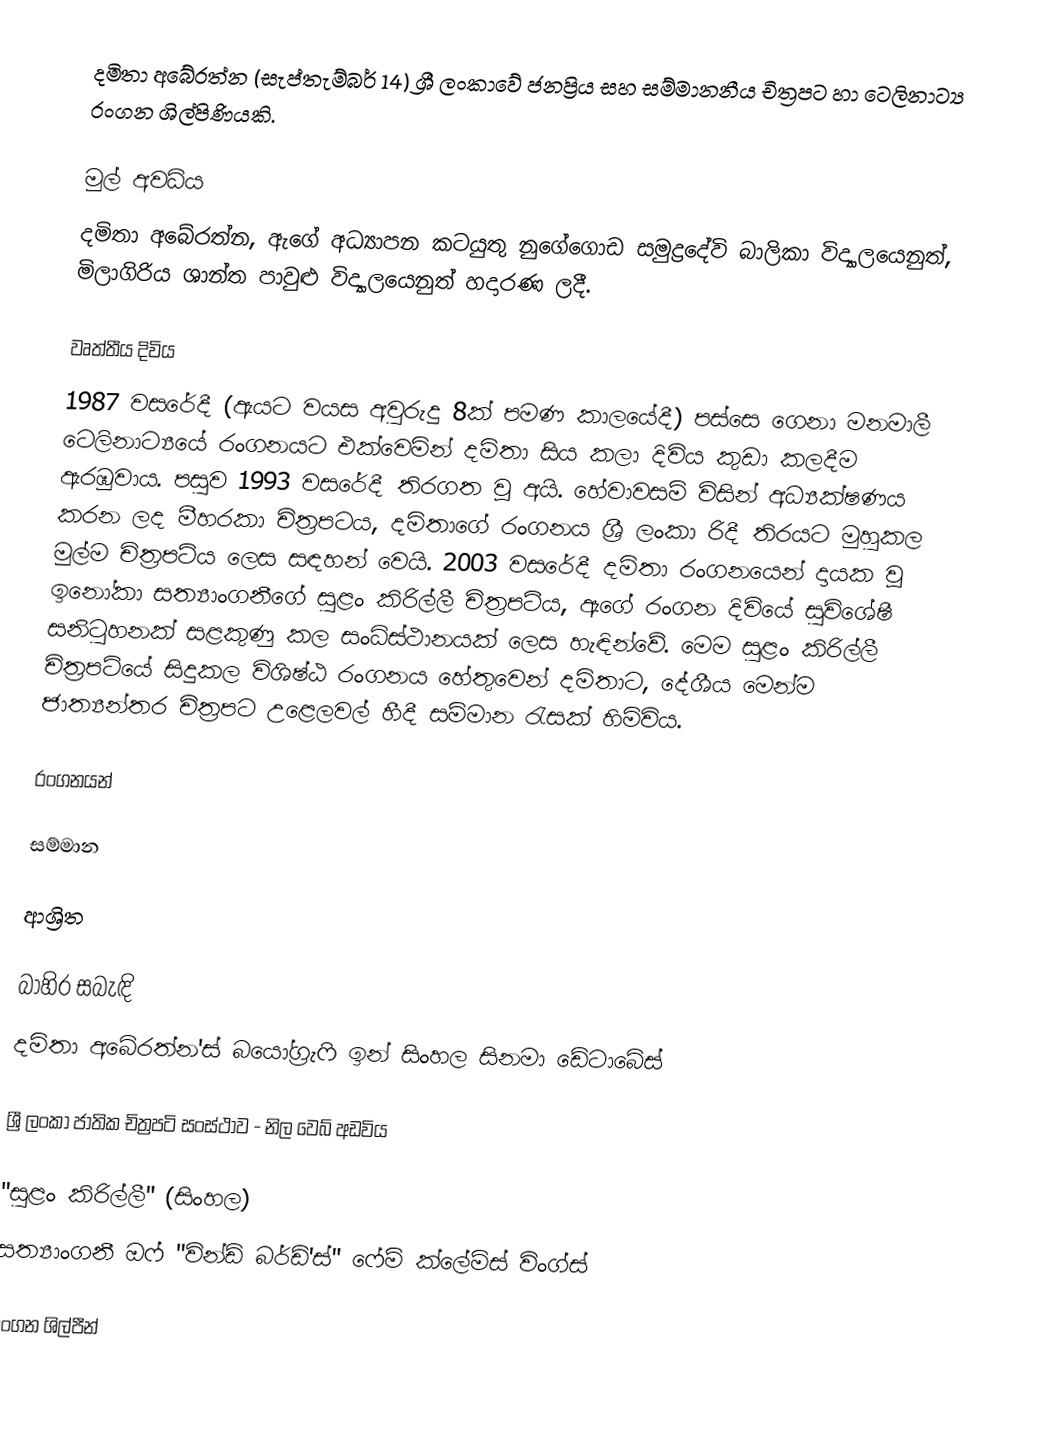
දමිතා අබේරත්න (සැප්තැම්බර් 14) ශ්‍රී ලංකාවේ ජනප්‍රිය සහ සම්මානනීය චිත්‍රපට හා ටෙලිනාට්‍ය රංගන ශිල්පිණියකි.

මුල් අවධිය
දමිතා අබේරත්න, ඇගේ අධ්‍යාපන කටයුතු නුගේගොඩ සමුද්‍රදේවි බාලිකා විද්‍යාලයෙනුත්, මිලාගිරිය ශාන්ත පාවුළු විද්‍යාලයෙනුත් හදාරණ ලදී.

වෘත්තීය දිවිය
1987 වසරේදී (ඇයට වයස අවුරුදු 8ක් පමණ කාලයේදී) පස්සෙ ගෙනා මනමාලී ටෙලිනාට්‍යයේ රංගනයට එක්වෙමින් දමිතා සිය කලා දිවිය කුඩා කලදීම ඇරඹුවාය. පසුව 1993 වසරේදී තිරගත වූ අයි. හේවාවසම් විසින් අධ්‍යක්ෂණය කරන ලද මීහරකා චිත්‍රපටය, දමිතාගේ රංගනය ශ්‍රී ලංකා රිදී තිරයට මුහුකල මුල්ම චිත්‍රපටිය ලෙස සඳහන් වෙයි. 2003 වසරේදී දමිතා රංගනයෙන් දායක වූ ඉනෝකා සත්‍යාංගනීගේ සුළං කිරිල්ලී චිත්‍රපටිය, ඇගේ රංගන දිවියේ සුවිශේෂී සනිටුහනක් සළකුණු කල සංධිස්ථානයක් ලෙස හැඳින්වේ. මෙම සුළං කිරිල්ලී චිත්‍රපටියේ සිදුකල විශිෂ්ඨ රංගනය හේතුවෙන් දමිතාට, දේශීය මෙන්ම ජාත්‍යන්තර චිත්‍රපට උළෙලවල් හීදී සම්මාන රැසක් හිමිවිය.

රංගනයන්

සම්මාන

ආශ්‍රිත

බාහිර සබැඳි
 දමිතා අබේරත්න'ස් බයෝග්‍රැෆි ඉන් සිංහල සිනමා ඩේටාබේස්

ශ්‍රී ලංකා ජාතික චිත්‍රපටි සංස්ථාව - නිල වෙබ් අඩවිය

"සුළං කිරිල්ලී" (සිංහල)
සත්‍යාංගනී ඔෆ් "වින්ඩ් බර්ඩ්'ස්" ෆේම් ක්ලේම්ස් විංග්ස්

රංගන ශිල්පීන්